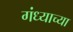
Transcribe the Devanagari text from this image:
गंध्याच्या